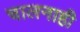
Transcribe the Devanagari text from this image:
चालनाही